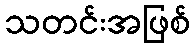
သတင်းအဖြစ်